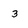
Character: 3